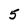
Character: 5